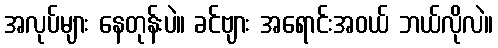
အလုပ်များ နေတုန်းပဲ။ ခင်ဗျား အရောင်းအဝယ် ဘယ်လိုလဲ။